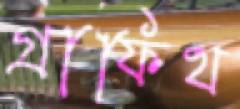
গ্রাফিথ